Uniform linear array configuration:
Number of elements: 4
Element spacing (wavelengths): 0.25
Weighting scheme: hann
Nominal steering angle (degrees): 0
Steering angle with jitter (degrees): -1.335
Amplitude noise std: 0.05
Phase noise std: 0.05

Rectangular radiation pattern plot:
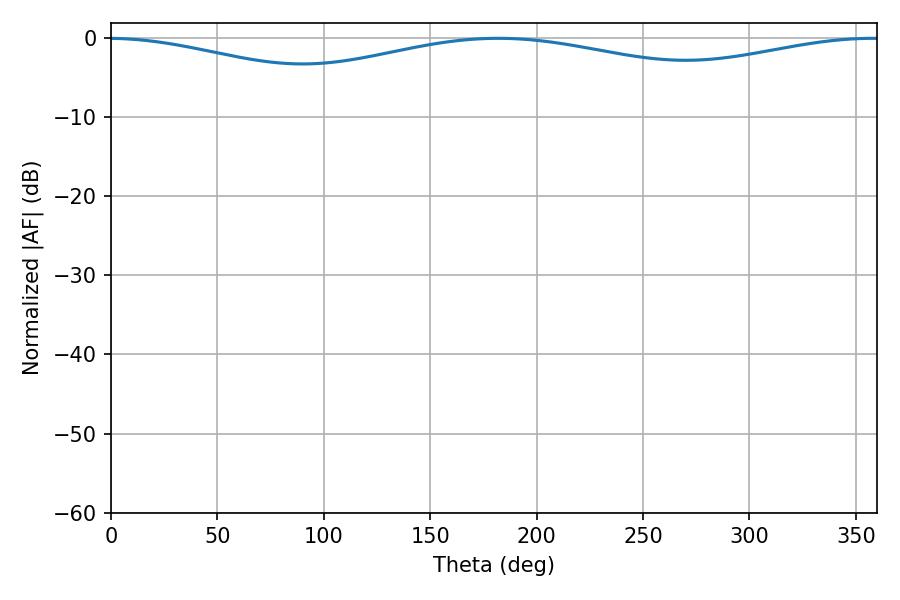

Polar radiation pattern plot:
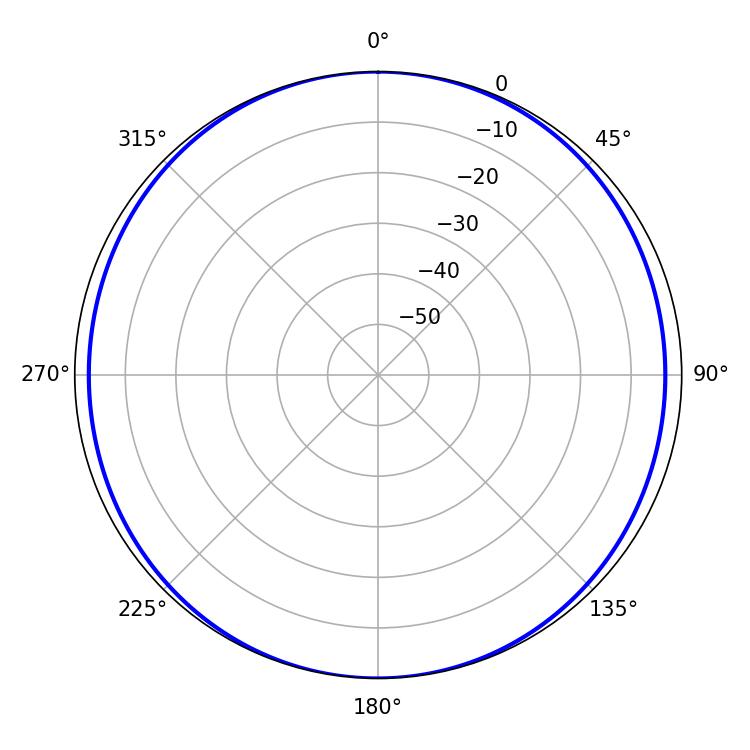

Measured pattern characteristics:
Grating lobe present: FALSE
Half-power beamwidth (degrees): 255.06
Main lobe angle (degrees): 181.98